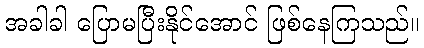
အခါခါ ပြောမပြီးနိုင်အောင် ဖြစ်နေကြသည်။